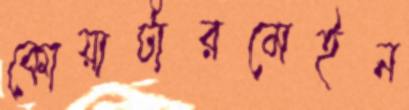
কোয়ার্টারমেইন